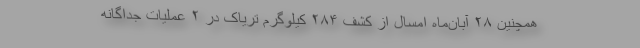
همچنین ۲۸ آبان‌ماه امسال از کشف ۲۸۴ کیلوگرم تریاک در ۲ عملیات جداگانه